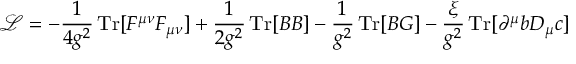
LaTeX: { \mathcal { L } } = - { \frac { 1 } { 4 g ^ { 2 } } } \operatorname { T r } [ F ^ { \mu \nu } F _ { \mu \nu } ] + { \frac { 1 } { 2 g ^ { 2 } } } \operatorname { T r } [ B B ] - { \frac { 1 } { g ^ { 2 } } } \operatorname { T r } [ B G ] - { \frac { \xi } { g ^ { 2 } } } \operatorname { T r } [ \partial ^ { \mu } b D _ { \mu } c ]